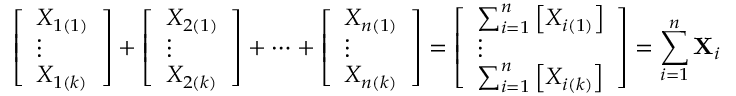
{ \left[ \begin{array} { l } { X _ { 1 ( 1 ) } } \\ { \vdots } \\ { X _ { 1 ( k ) } } \end{array} \right] } + { \left[ \begin{array} { l } { X _ { 2 ( 1 ) } } \\ { \vdots } \\ { X _ { 2 ( k ) } } \end{array} \right] } + \cdots + { \left[ \begin{array} { l } { X _ { n ( 1 ) } } \\ { \vdots } \\ { X _ { n ( k ) } } \end{array} \right] } = { \left[ \begin{array} { l } { \sum _ { i = 1 } ^ { n } \left[ X _ { i ( 1 ) } \right] } \\ { \vdots } \\ { \sum _ { i = 1 } ^ { n } \left[ X _ { i ( k ) } \right] } \end{array} \right] } = \sum _ { i = 1 } ^ { n } \mathbf { X } _ { i }